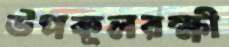
উপকূলরক্ষী